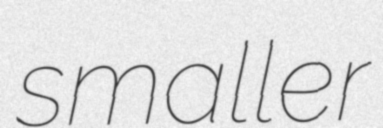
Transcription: smaller